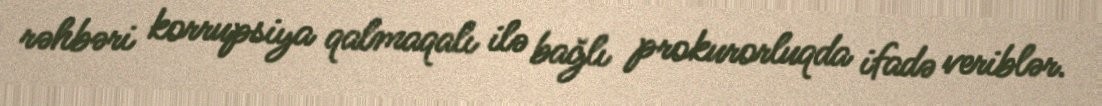
rəhbəri korrupsiya qalmaqalı ilə bağlı prokurorluqda ifadə veriblər.